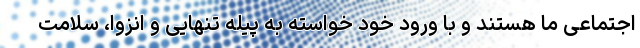
اجتماعی ما هستند و با ورود خود خواسته به پیله تنهایی و انزوا، سلامت